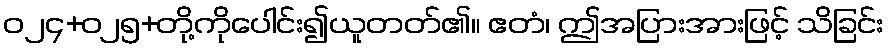
ဝ၂၄+၀၂၅+တို့ကိုပေါင်း၍ယူတတ်၏။ ဧတံ၊ ဤအပြားအားဖြင့် သိခြင်း